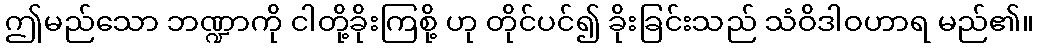
ဤမည်သော ဘဏ္ဍာကို ငါတို့ခိုးကြစို့ ဟု တိုင်ပင်၍ ခိုးခြင်းသည် သံဝိဒါဝဟာရ မည်၏။